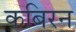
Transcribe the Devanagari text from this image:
कबिरन